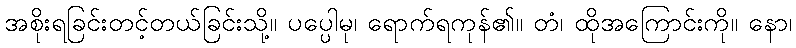
အစိုးရခြင်းတင့်တယ်ခြင်းသို့။ ပပ္ပေါမု၊ ရောက်ရကုန်၏။ တံ၊ ထိုအကြောင်းကို။ နော၊